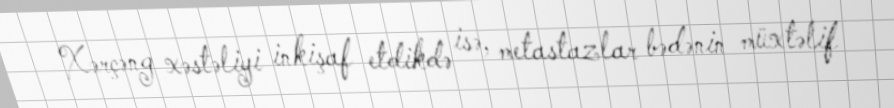
Xərçəng xəstəliyi inkişaf etdikdə isə, metastazlar bədənin müxtəlif